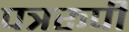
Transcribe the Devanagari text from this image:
पत्ररूपी